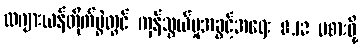
လဂျားယန်တိုက်ပွဲတွင် ကုန်သွယ်မှုအခွင့်အရေး 8,12 မစားဖို့